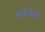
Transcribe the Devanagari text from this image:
समघातों